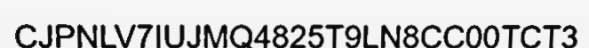
CJPNLV7IUJMQ4825T9LN8CC00TCT3